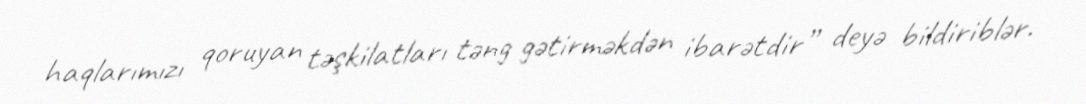
haqlarımızı qoruyan təşkilatları təng gətirməkdən ibarətdir” deyə bildiriblər.